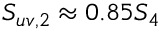
S _ { u v , 2 } \approx 0 . 8 5 S _ { 4 }